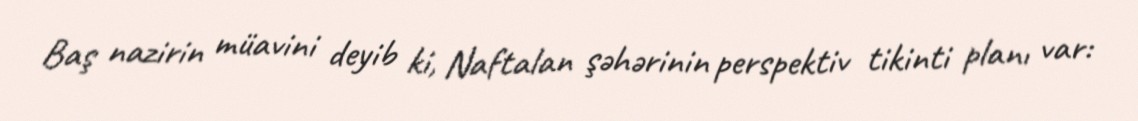
Baş nazirin müavini deyib ki, Naftalan şəhərinin perspektiv tikinti planı var: